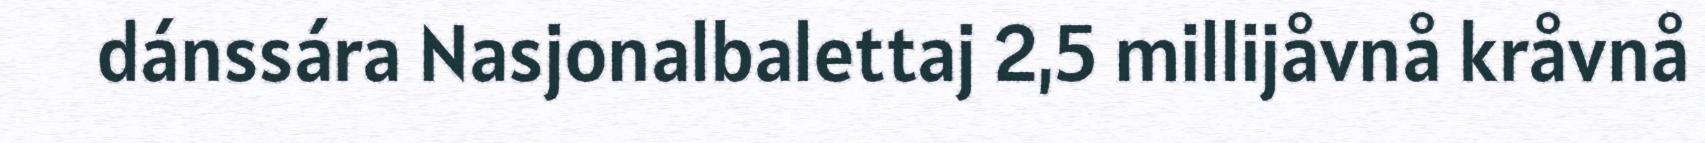
dánssára Nasjonalbalettaj 2,5 millijåvnå kråvnå